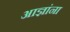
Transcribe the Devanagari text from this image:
आज्ञांना